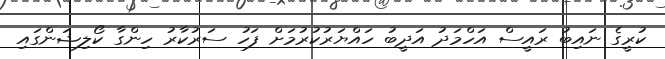
ކުރީގެ ނައިބު ރައީސް އަހްމަދު އަދީބު ހައްޔަރުކުރުމަށް ފަހު ސަރުކާރު ހިންގާ ކޯލިޝަންގައި